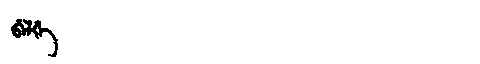
Manchu: ᠪᡝᠯᡤᡝ
Romanization: BELGE